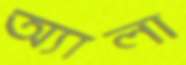
অ্যালা